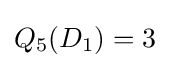
Q_{5}(D_{1})=3